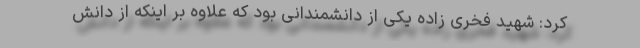
کرد: شهید فخری زاده یکی از دانشمندانی بود که علاوه بر اینکه از دانش